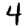
Digit: 4